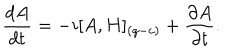
{ \frac { d A } { d t } } = - i [ A , H ] _ { ( q - c ) } + { \frac { \partial A } { \partial t } } .